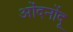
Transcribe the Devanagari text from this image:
ओंदनोंदू